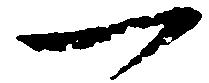
一